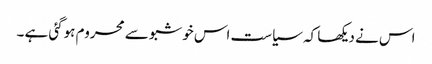
اس نے دیکھا کہ سیاست اس خوشبو سے محروم ہوگئی ہے ۔